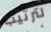
لترتيب